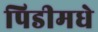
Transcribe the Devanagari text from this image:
पिडीमधे